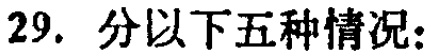
29. 分以下五种情况：